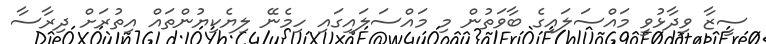
ސީޒާ ވިދާޅުވީ މައްސަލައިގެ ބާވަތުން މި މައްސަލައިގައި ހިމެނޭ ލިޔެކިޔުންތައް އިތުރަށް ދިރާސާ